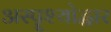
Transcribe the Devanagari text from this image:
अस्पॄश्योद्धार